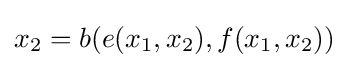
x_{2}=b(e(x_{1},x_{2}),f(x_{1},x_{2}))